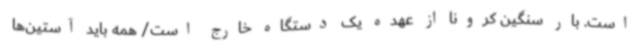
است. بار سنگین کرونا از عهده یک دستگاه خارج است/ همه باید آستین‌ها